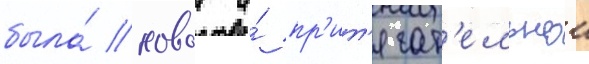
была́ новои и́ пр'ит'ягат'ельнои